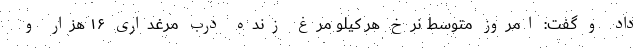
داد و گفت: امروز متوسط نرخ هر کیلو مرغ زنده درب مرغداری ۱۶ هزار و